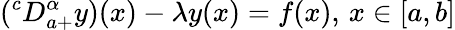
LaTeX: (^{c}D_{a+}^{\alpha}y)(x)-\lambda y(x)=f(x),\, x\in[a,b]